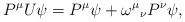
LaTeX: \begin{align*}P^{\mu }U\psi =P^{\mu }\psi +\omega ^{\mu }{}_{\nu }P^{\nu }\psi ,\end{align*}